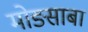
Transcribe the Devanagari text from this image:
मोङसाबा